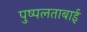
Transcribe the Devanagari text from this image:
पुष्पलताबाई